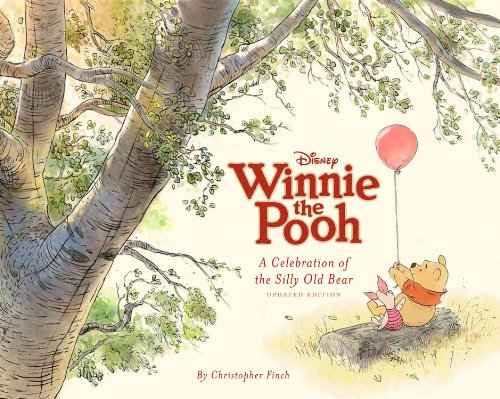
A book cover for Disney Winnie the Pooh: A Celebration of the Silly Old Bear (Updated Edition); Christopher Finch; Humor & Entertainment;